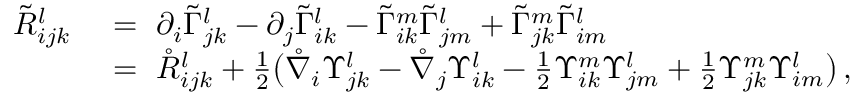
\begin{array} { r l } { \tilde { R } _ { i j k } ^ { l } \ } & { = \ \partial _ { i } \tilde { \Gamma } _ { j k } ^ { l } - \partial _ { j } \tilde { \Gamma } _ { i k } ^ { l } - \tilde { \Gamma } _ { i k } ^ { m } \tilde { \Gamma } _ { j m } ^ { l } + \tilde { \Gamma } _ { j k } ^ { m } \tilde { \Gamma } _ { i m } ^ { l } } \\ & { = \ \mathring { R } _ { i j k } ^ { l } + \frac 1 2 \big ( \mathring { \nabla } _ { i } \Upsilon _ { j k } ^ { l } - \mathring { \nabla } _ { j } \Upsilon _ { i k } ^ { l } - \frac 1 2 \Upsilon _ { i k } ^ { m } \Upsilon _ { j m } ^ { l } + \frac 1 2 \Upsilon _ { j k } ^ { m } \Upsilon _ { i m } ^ { l } \big ) \, , } \end{array}